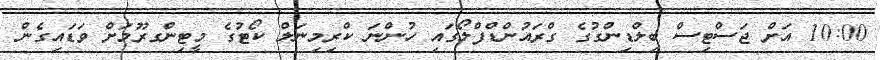
10:00 އަށް ޖަސްޓިސް ބިލްޑިންގުގެ ގްރައުންޑްފްލޯގައި ހުންނަ ކްރިމިނަލް ކޯޓުގެ މީޓިންގރޫމަށް ވަޑައިގެން